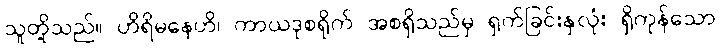
သူတို့သည်။ ဟိရိမနေဟိ၊ ကာယဒုစရိုက် အစရှိသည်မှ ရှက်ခြင်းနှလုံး ရှိကုန်သော